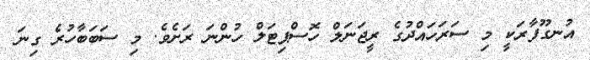
އުނގޫފާރަކީ މި ސަރަހައްދުގެ ރީޖަނަލް ހޮސްޕިޓަލް ހުންނަ ރަށެވެ. މި ސަބަބާހުރެ ގިނަ